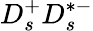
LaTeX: D_{s}^{+}D_{s}^{*-}